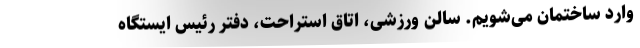
وارد ساختمان می‌شویم. سالن ورزشی، اتاق استراحت، دفتر رئیس ایستگاه